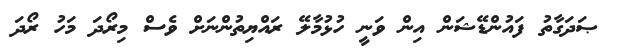
ޞަދަގާތު ފައުންޑޭޝަން އިން ވަނީ ހުޅުމާލޭ ރައްޔިތުންނަށް ވެސް މިރޯދަ މަހު ރޯދަ